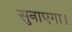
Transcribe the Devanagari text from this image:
सुनाएगा।